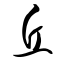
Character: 丘